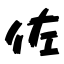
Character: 佐